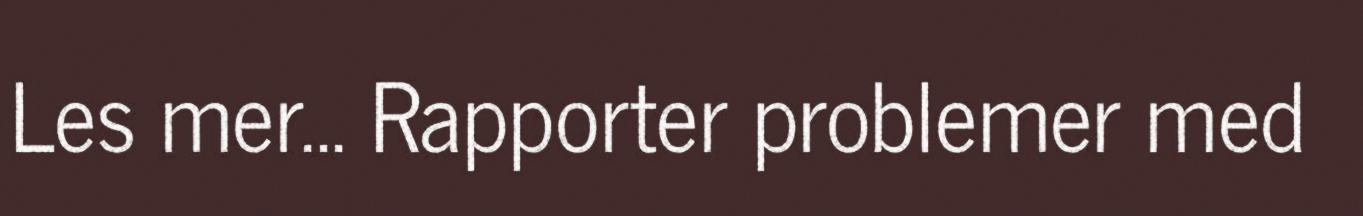
Les mer... Rapporter problemer med